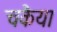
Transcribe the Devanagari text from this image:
चकैया